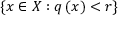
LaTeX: \left\{ x \in X : q \left( x \right) < r \right\}